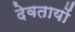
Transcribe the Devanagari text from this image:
देवतायों